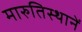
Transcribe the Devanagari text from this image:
मारुतिस्थानें